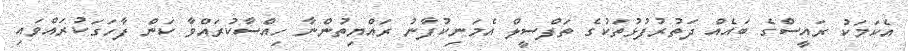
އެކަމަކު ރައީސްގެ ބައެއް ދަތުރުފުޅުތަކުގެ ތަފްސީލް އެމަނިކުފާނު ރައްޔިތުންނާ ހިއްސާކުރައްވާ ކަން ފާހަގަކުރައްވައި